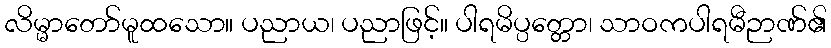
လိမ္မာတော်မူထသော။ ပညာယ၊ ပညာဖြင့်။ ပါရမိပ္ပတ္တော၊ သာဝကပါရမီဉာဏ်၏